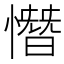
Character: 憯